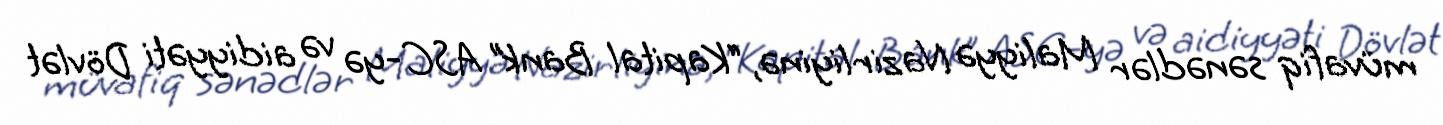
müvafiq sənədlər Maliyyə Nazirliyinə, “Kapital Bank” ASC-yə və aidiyyəti Dövlət